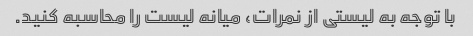
با توجه به لیستی از نمرات، میانه لیست را محاسبه کنید.